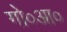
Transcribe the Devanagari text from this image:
गो०आ०